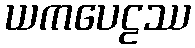
ယကပေဠဿ